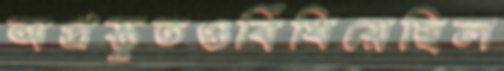
অপ্রস্তুতওবিঁধিয়েছিল